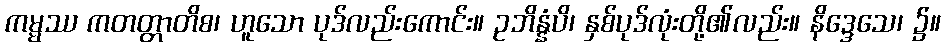
ကမ္မဿ ကတတ္တာတိစ၊ ဟူသော ပုဒ်လည်းကောင်း။ ဥဘိန္နံပိ၊ နှစ်ပုဒ်လုံးတို့၏လည်း။ နိဒ္ဒေသေ၊ ၌။